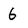
Character: 6